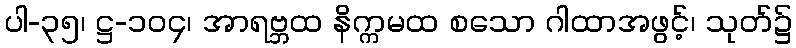
ပါ-၃၅၊ ဋ္ဌ-၁၀၄၊ အာရဗ္ဘထ နိက္ကမထ စသော ဂါထာအဖွင့်၊ သုတ်၌